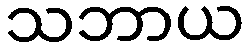
သဘာယ